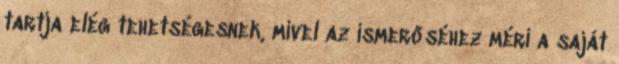
tartja elég tehetségesnek, mivel az ismerőséhez méri a saját